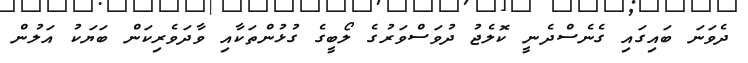
ދެވަނަ ބައިގައި ގެނެސްދެނީ ކޮލެޖު ދުވަސްވަރުގެ ލޯބީގެ ގުޅުންތަކާއި ވާދަވެރިކަން ބަޔަކު އަލުން